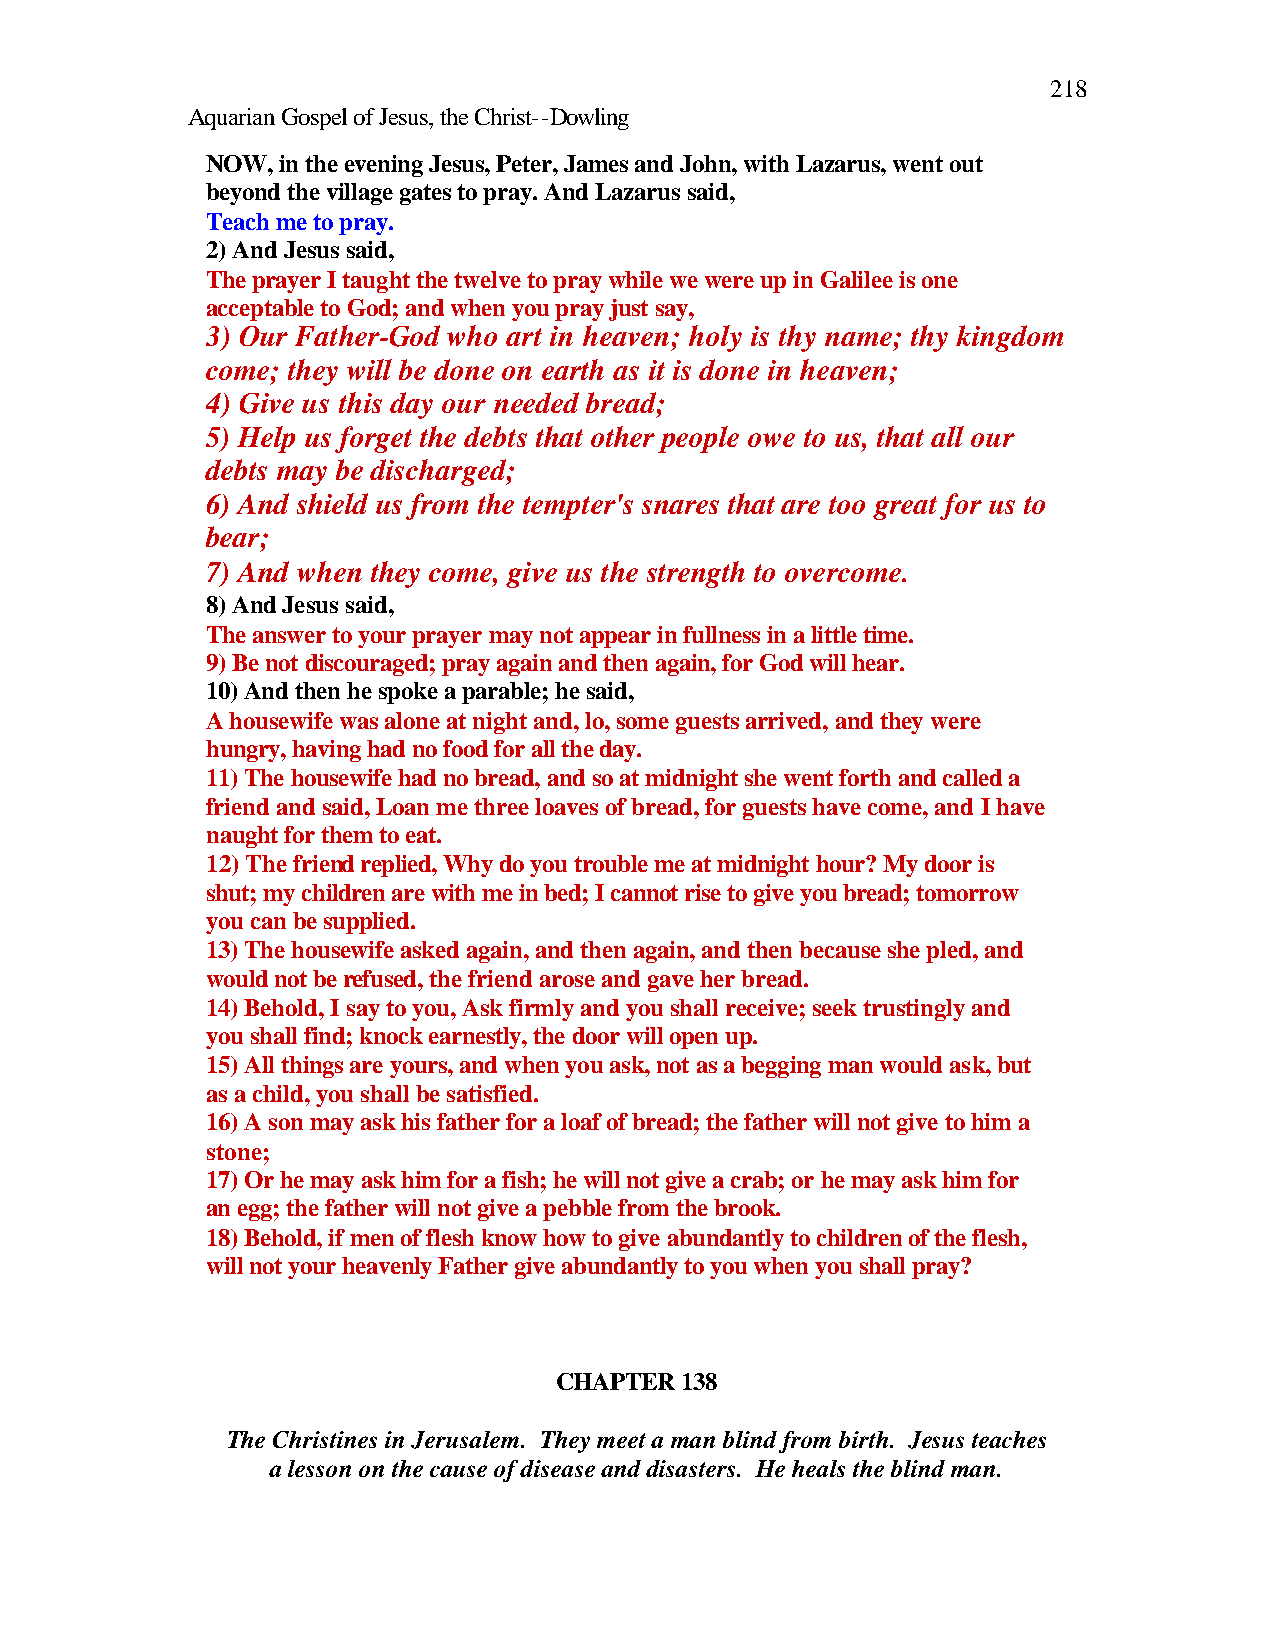
218
 Aquarian Gospel of Jesus, the Christ--Dowling
 NOW, in the evening Jesus, Peter, James and John, with Lazarus, went out
 beyond the village gates to pray. And Lazarus said,
 Teach me to pray.
 2) And Jesus said,
 The prayer I taught the twelve to pray while we were up in Galilee is one
 acceptable to God; and when you pray just say,
 3) Our Father-God who art in heaven; holy is thy name; thy kingdom
 come; they will be done on earth as it is done in heaven;
 4) Give us this day our needed bread;
 5) Help us forget the debts that other people owe to us, that all our
 debts may be discharged;
 6) And shield us from the tempter's snares that are too great for us to
 bear;
 7) And when they come, give us the strength to overcome.
 8) And Jesus said,
 The answer to your prayer may not appear in fullness in a little time.
 9) Be not discouraged; pray again and then again, for God will hear.
 10) And then he spoke a parable; he said,
 A housewife was alone at night and, lo, some guests arrived, and they were
 hungry, having had no food for all the day.
 11) The housewife had no bread, and so at midnight she went forth and called a
 friend and said, Loan me three loaves of bread, for guests have come, and I have
 naught for them to eat.
 12) The friend replied, Why do you trouble me at midnight hour? My door is
 shut; my children are with me in bed; I cannot rise to give you bread; tomorrow
 you can be supplied.
 13) The housewife asked again, and then again, and then because she pled, and
 would not be refused, the friend arose and gave her bread.
 14) Behold, I say to you, Ask firmly and you shall receive; seek trustingly and
 you shall find; knock earnestly, the door will open up.
 15) All things are yours, and when you ask, not as a begging man would ask, but
 as a child, you shall be satisfied.
 16) A son may ask his father for a loaf of bread; the father will not give to him a
 stone;
 17) Or he may ask him for a fish; he will not give a crab; or he may ask him for
 an egg; the father will not give a pebble from the brook.
 18) Behold, if men of flesh know how to give abundantly to children of the flesh,
 will not your heavenly Father give abundantly to you when you shall pray?
 CHAPTER 138
 The Christines in Jerusalem. They meet a man blind from birth. Jesus teaches
 a lesson on the cause of disease and disasters. He heals the blind man.